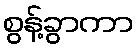
စွန့်ခွာကာ